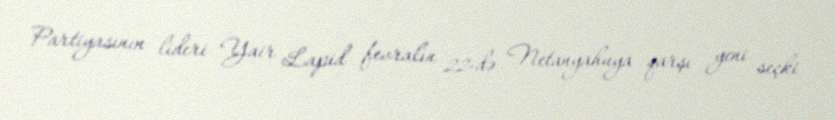
Partiyasının lideri Yair Lapid fevralın 22-də Netanyahuya qarşı yeni seçki